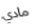
مادي